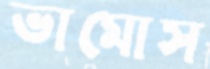
ভামোস